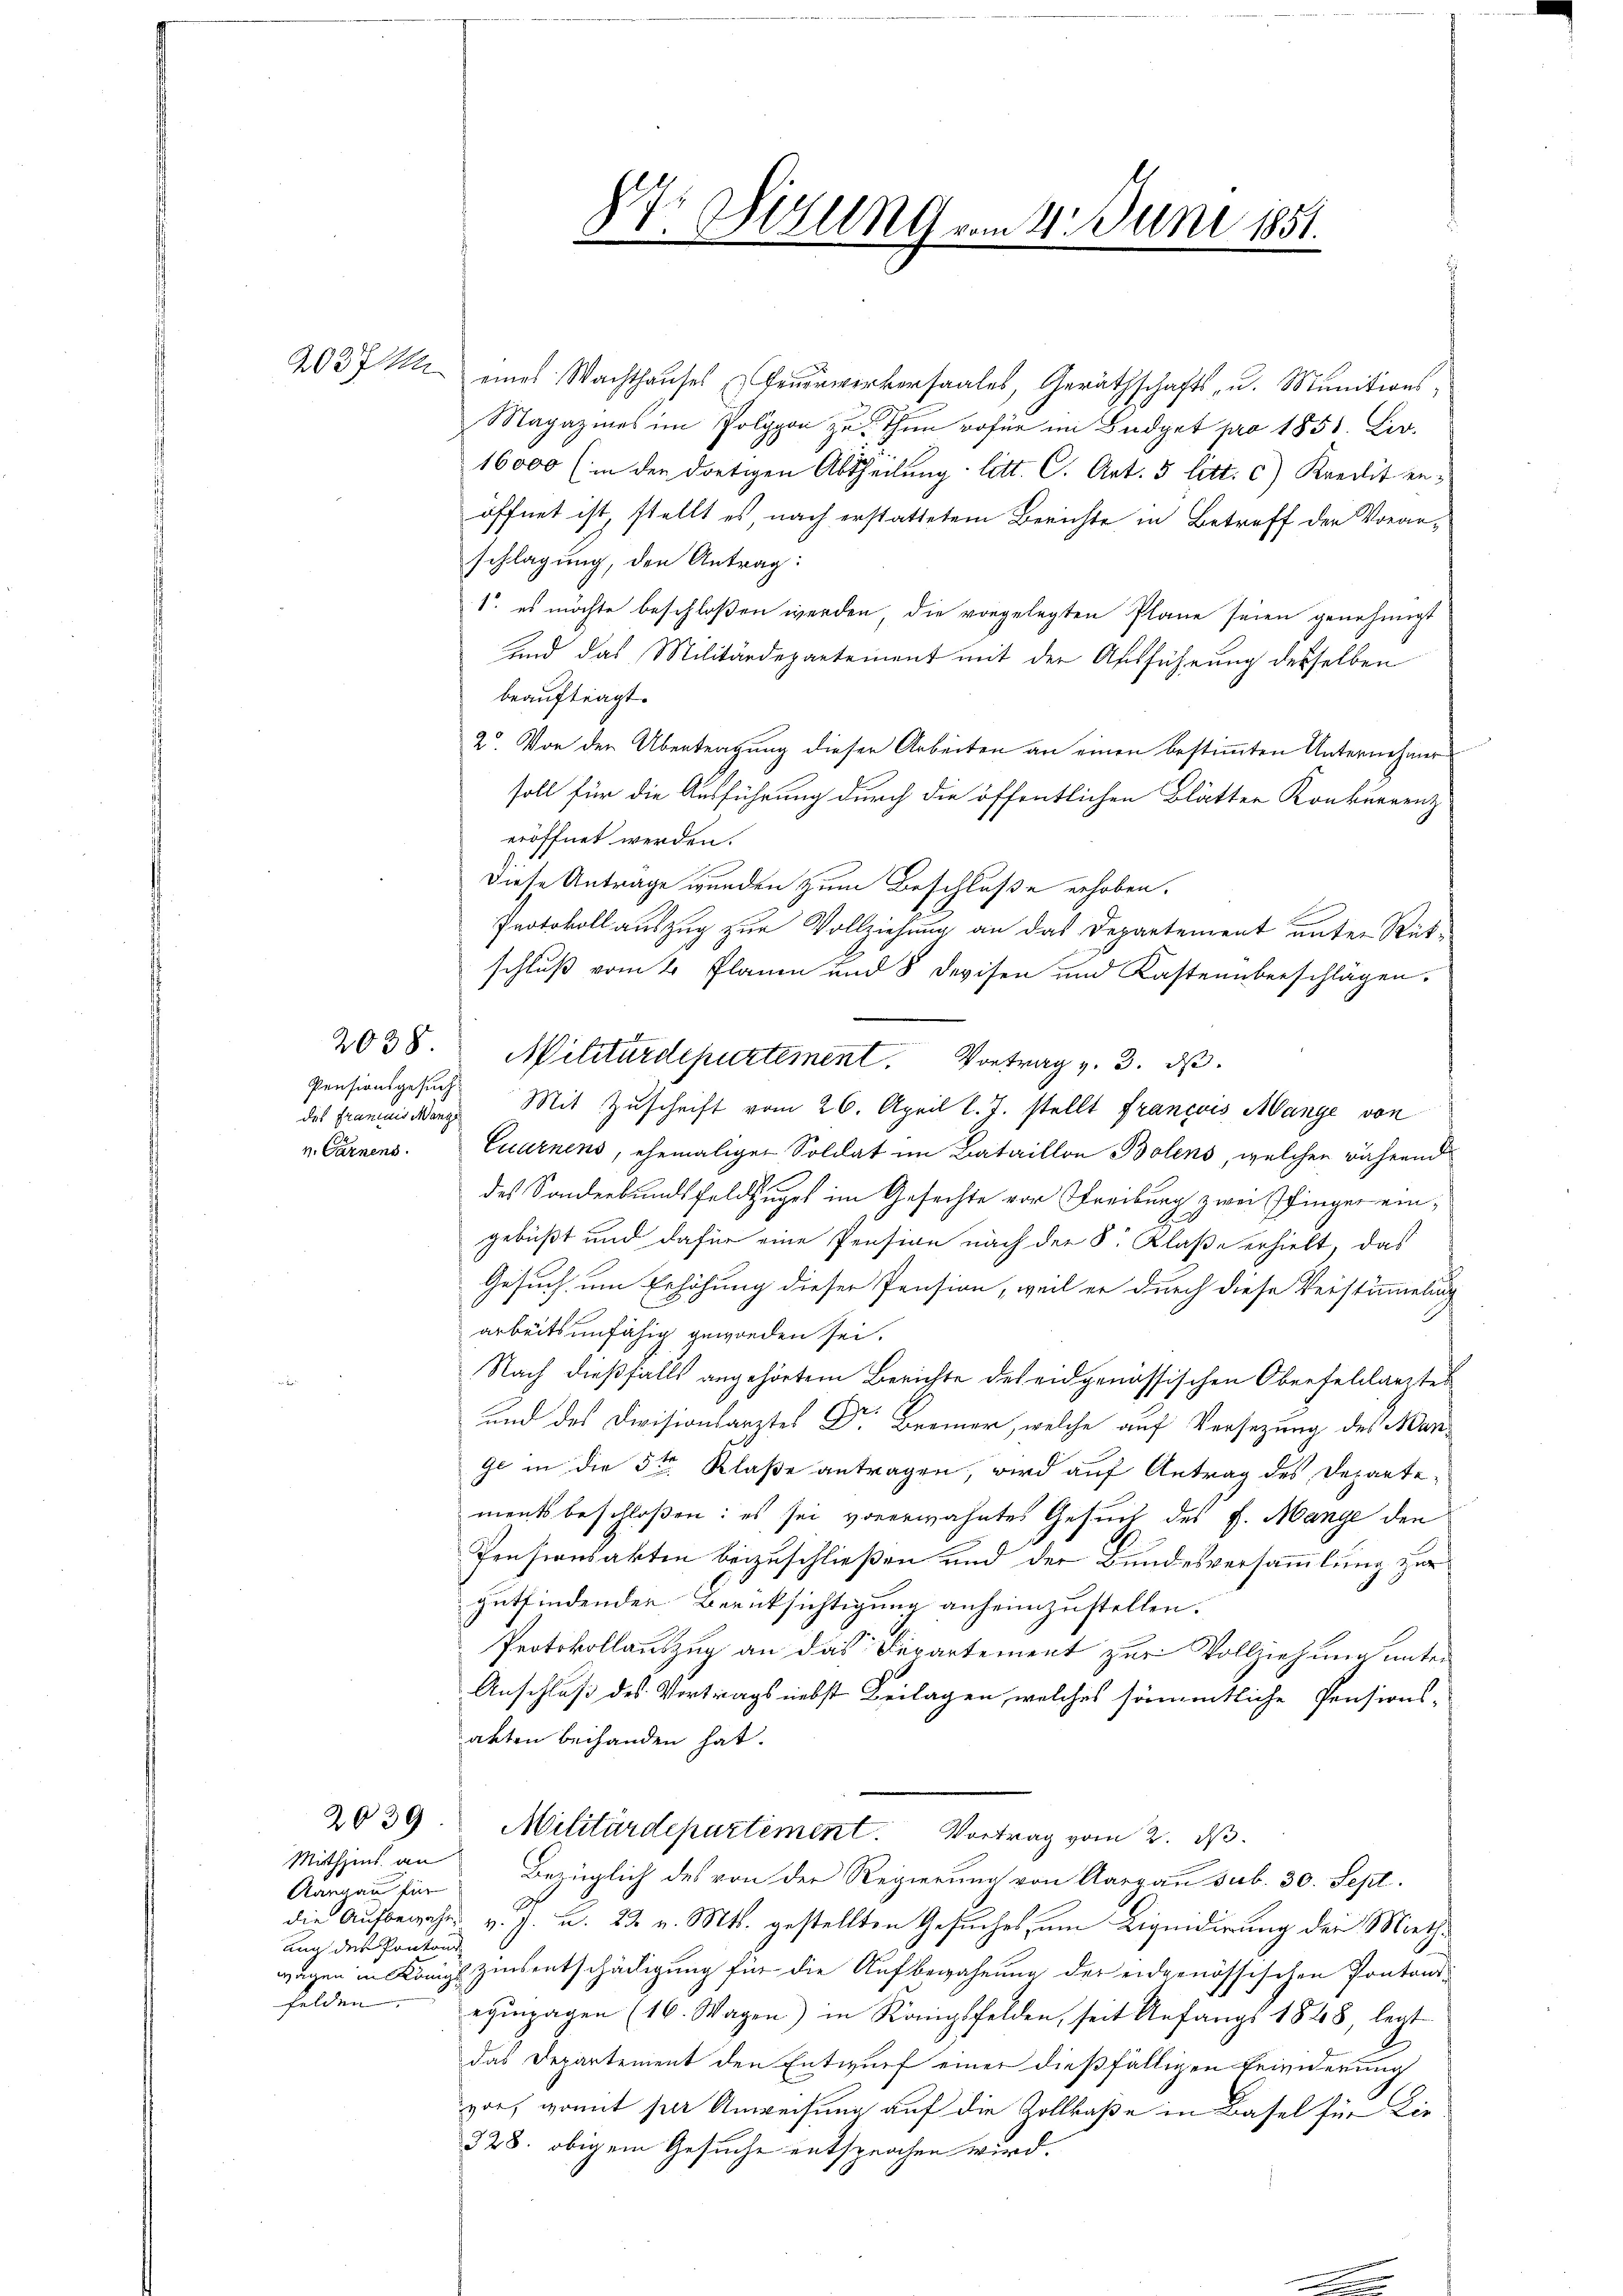
Pensionsgesuch
v. Carnens.

2038.

Miethzins an
Aargau für
ann des Ponton

2039

2037 M eines Wachthauses Feuerwerkersaales, Geräthschafts- u. Munitions¬
Magazines im Polygon zu thun wofür im Büdget pro 1855. Leo.
16000 (in den dortigen Abtheilung litt. C. Art. 5 litt. c) Kredit enöffnet ist, stellt es nach erstattetem Berichte in Betreff der Voranschlagung, den Antrag:
1. es möchte beschloßen werden, die vorgelegten Plane seien genehmigt
sind das Militärdepartement mit der Ausführung desselben
beauftragt.
2. Von den Übertragung dieser Arbeiten an einen bestimmten Unternehmer
soll für die Ausführung durch die öffentlichen Blätter Konkurrenz
eröffnet werden.
Diese Anträge wurden zum Beschluße erhoben.
Protokoll auszug zur Vollziehung an das Departement unter Rück-
schluß vom 4 Planen und 8 Devisen und Kastenüberschlägen.
des Frauenswang Mit Zuschrift vom 26. April l. J. stellt Francois Mange von
Cuarnens, ehemaligen Soldat im Bataillon Bolens, welchen während
des Sonderbundsfeldzuges im Gesuchte vor Freiburg zwei Pfinger eingebüßt und dafür eine Pension nach der S. Klaße erhielt, das
Gesuch um Erhöhung dieser Pension, weil er durch diese Verstümmelung
arbeitsunfähig geworden sei.
Nach dießfalls angehörtem Berichte des eidgenössischen Oberfellarites
und das Divisionsarztes Dr. Bremer, welche auf Versezung des Warge in die 5ten Klaße antragen, wird auf Antrag des Departementsbeschloßen: es sei vorerwähntes Gesuch des H. Mange den
Pensionsakten beizuschließen und der Bundesversammlung zur
gutfindender Berüksichtigung anheimzustellen.
Protokollauszug an das Departement zur Vollziehung unter
Anschluß des Vortrags nebst Beilagen, welches sämmtliche Pensions-
akten behanden hat.
Militärdepartement. Vortrag vom 2. ds.
Bezüglich des von der Regierung von Aargau sub. 30. Sept.
dh
die Aufbewahrs v. J. u. 22. v. Mts. gestellten Gesuches, um Liquidirung der Miethwegen in Königl. Zinsentschädigung für die Aufbewahnung der eidgenössischen Pontonsfelden. Einpagen (16. Wagen) in Königsfelden, seit Anfangs 1848, legt
das Departement den Entwurf einer dießfälligen Beinderung
vor, womit per Anweisung auf die Zollkaße in Basel für die
228. obigem Gesuche entsprochen wird.

87. Sitzung vom 4. Juni 1851.

Militärdepartement. Vortrag v. 3. ds.